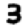
Digit: 3